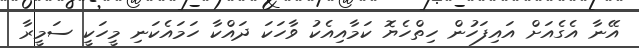
އޭނާ އެގެއަށް އައިފަހުން ހިތްހެޔޮ ކަމާއިއެކު ވާހަކަ ދައްކާ ހަމައެކަނި މީހަކީ ސަމީރާ